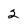
Character: 2